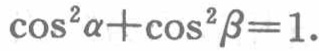
\(\cos^{2}\alpha+\cos^{2}\beta = 1\)